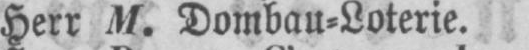
Herr M. Dombau⸗Loterie.